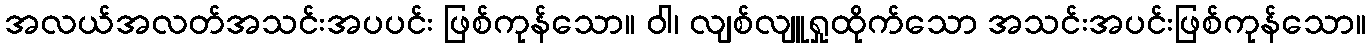
အလယ်အလတ်အသင်းအပပင်း ဖြစ်ကုန်သော။ ဝါ၊ လျစ်လျူရှုထိုက်သော အသင်းအပင်းဖြစ်ကုန်သော။